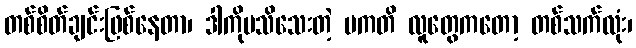
တစ်စိတ်ချင်းဖြစ်နေတာ၊ ဒါကိုမသိသေးတဲ့ ပကတိ လူတွေကတော့ တစ်သက်လုံး၊